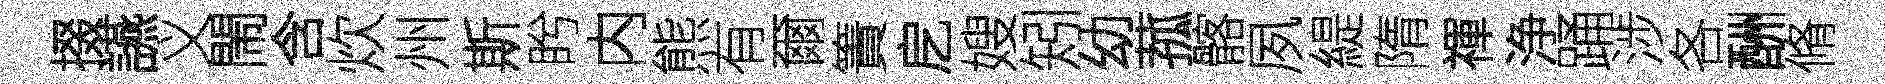
掇讌义閙含炊州斯盻内熊有爾簀戹嫂矧幼菰髂夙緹隋禈浄踊涉各酬脩